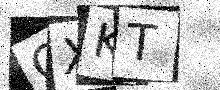
Text: QXKT